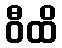
ဝီထိ